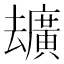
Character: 𪠢